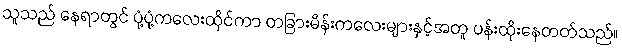
သူသည် နေရာတွင် ပုံ့ပုံ့ကလေးထိုင်ကာ တခြားမိန်းကလေးများနှင့်အတူ ပန်းထိုးနေတတ်သည်။